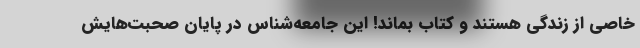
خاصی از زندگی هستند و کتاب بماند! این جامعه‌شناس در پایان صحبت‌هایش